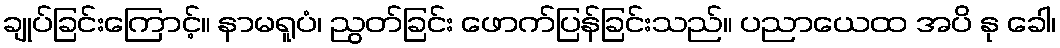
ချုပ်ခြင်းကြောင့်။ နာမရူပံ၊ ညွတ်ခြင်း ဖောက်ပြန်ခြင်းသည်။ ပညာယေထ အပိ နု ခေါ၊